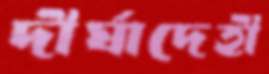
দীর্ঘাদেহী